Report of the Indian Hemp Drugs Commission, 1894-1895 - Volume IV
Year: 1894
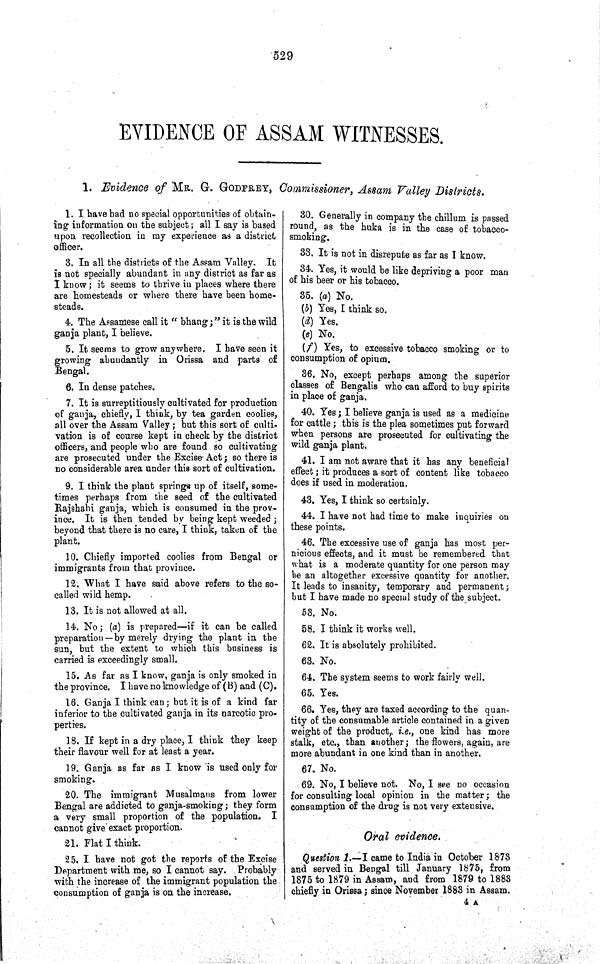
529
EVIDENCE OF ASSAM WITNESSES.
1. Evidence of MR. G. GODFREY, Commissioner, Assam Valley Districts.
1. I have had no special opportunities of obtain-
ing information on the subject; all I say is based
upon recollection in my experience as a district
officer.
3. In all the districts of the Assam Valley. It
is not specially abundant in any district as far as
I know; it seems to thrive in places where there
are homesteads or where there have been home-
steads.
4. The Assamese call it "bhang;" it is the wild
ganja plant, I believe.
5. It seems to grow anywhere. I have seen it
growing abundantly in Orissa and parts of
Bengal.
6. In dense patches.
7. It is surreptitiously cultivated for production
of ganja, chiefly, I think, by tea garden coolies,
all over the Assam Valley; but this sort of culti-
vation is of course kept in check by the district
officers, and people who are found so cultivating
are prosecuted under the Excise Act; so there is
no considerable area under this sort of cultivation.
9. I think the plant springs up of itself, some-
times perhaps from the seed of the cultivated
Rajshahi ganja, which is consumed in the prov-
ince. It is then tended by being kept weeded;
beyond that there is no care, I think, taken of the
plant.
10. Chiefly imported coolies from Bengal or
immigrants from that province.
12. What I have said above refers to the so-
called wild hemp.
13. It is not allowed at all.
14. No; (a) is prepared—if it can be called
preparation—by merely drying the plant in the
sun, but the extent to which this business is
carried is exceedingly small.
15. As far as I know, ganja is only smoked in
the province. I have no knowledge of (B) and (C).
16. Ganja I think can; but it is of a kind far
inferior to the cultivated ganja in its narcotic pro-
perties.
18. If kept in a dry place, I think they keep
their flavour well for at least a year.
19. Ganja as far as I know is used only for
smoking.
20. The immigrant Musalmans from lower
Bengal are addicted to ganja-smoking; they form
a very small proportion of the population. I
cannot give exact proportion.
21. Flat I think.
25. I have not got the reports of the Excise
Department with me, so I cannot say. Probably
with the increase of the immigrant population the
consumption of ganja is on the increase.
30. Generally in company the chillum is passed
round, as the huka is in the case of tobacco-
smoking.
33. It is not in disrepute as far as I know.
34. Yes, it would be like depriving a poor man
of his beer or his tobacco.
35. (a) No.
(b) Yes, I think so.
(d) Yes.
(e) No.
(f) Yes, to excessive tobacco smoking or to
consumption of opium.
36. No, except perhaps among the superior
classes of Bengalis who can afford to buy spirits
in place of ganja.
40. Yes; I believe ganja is used as a medicine
for cattle; this is the plea sometimes put forward
when persons are prosecuted for cultivating the
wild ganja plant.
41. I am not aware that it has any beneficial
effect; it produces a sort of content like tobacco
does if used in moderation.
43. Yes, I think so certainly.
44. I have not had time to make inquiries on
these points.
46. The excessive use of ganja has most per-
nicious effects, and it must be remembered that
what is a moderate quantity for one person may
be an altogether excessive quantity for another.
It leads to insanity, temporary and permanent;
but I have made no special study of the subject.
53. No.
58. I think it works well.
62. It is absolutely prohibited.
63. No.
64. The system seems to work fairly well.
65. Yes.
66. Yes, they are taxed according to the quan-
tity of the consumable article contained in a given
weight of the product, i.e., one kind has more
stalk, etc., than another; the flowers, again, are
more abundant in one kind than in another.
67. No.
69. No, I believe not. No, I see no occasion
for consulting local opinion in the matter; the
consumption of the drug is not very extensive.
Oral evidence.
Question 1.—I came to India in October 1873
and served in Bengal till January 1875, from
1875 to 1879 in Assam, and from 1879 to 1883
chiefly in Orissa; since November 1883 in Assam.
4 A